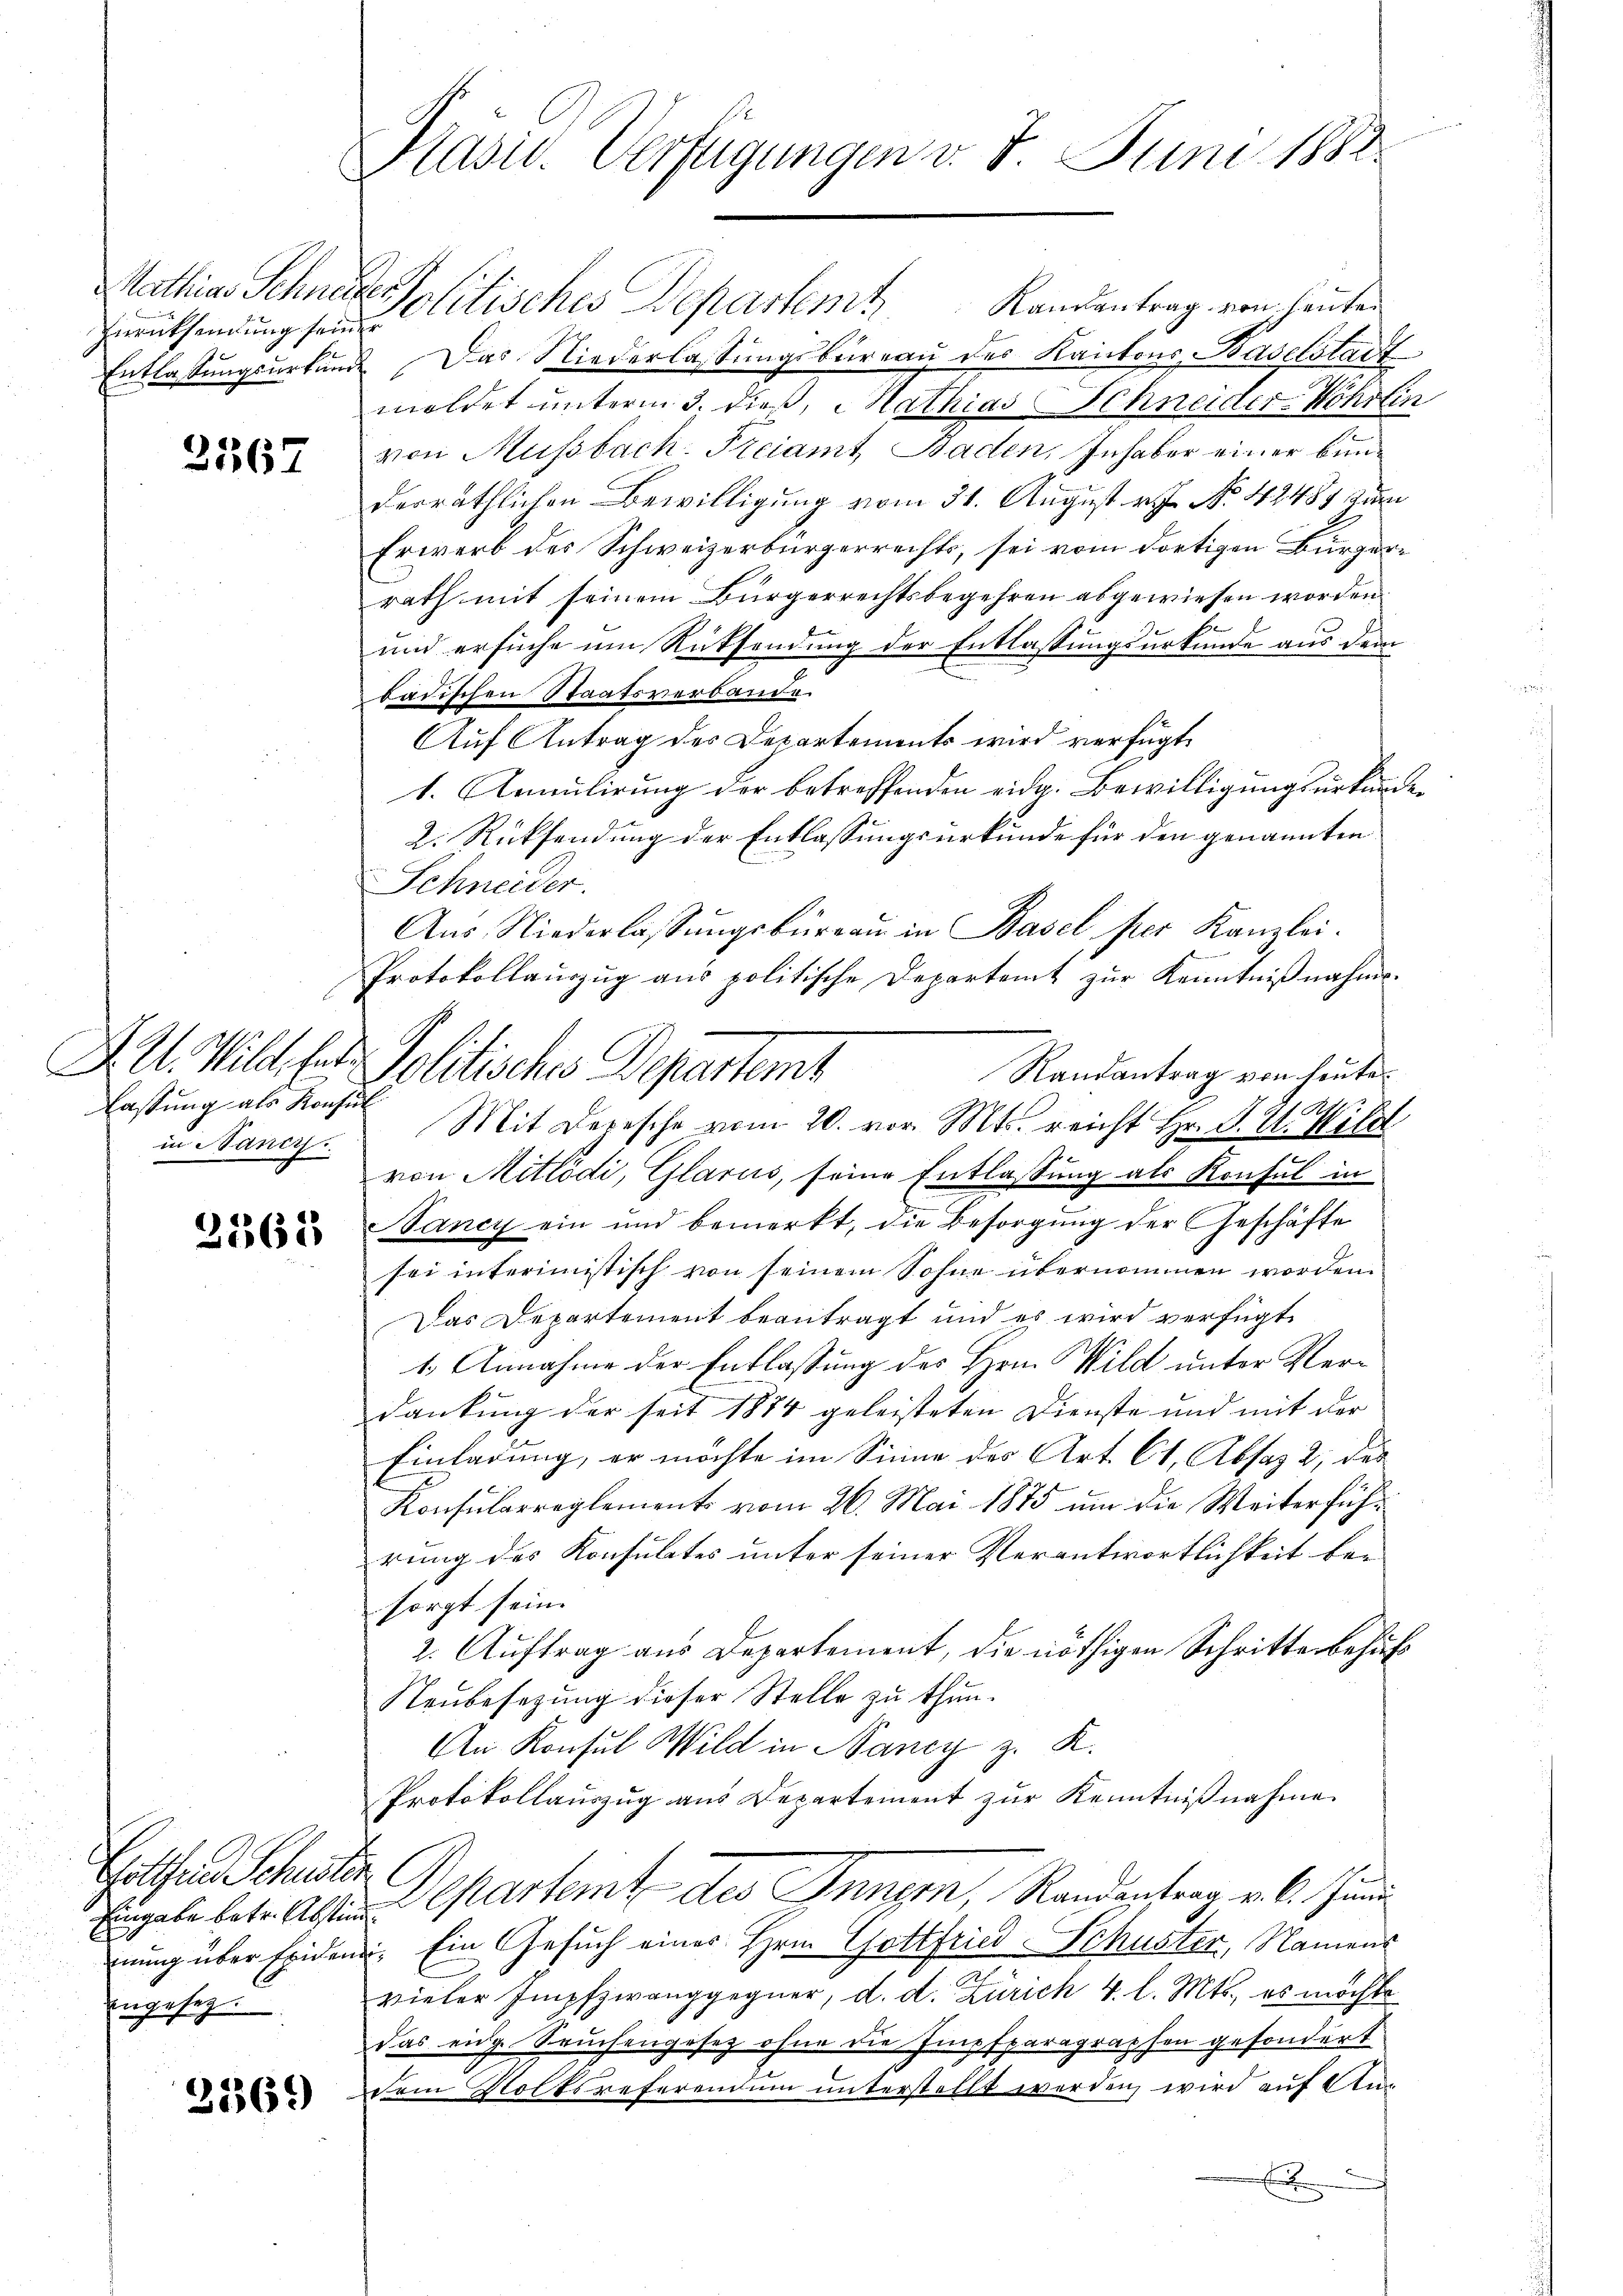
Zurücksendung seiner

3567

Fassung als Konsun
in Nancy.

2362

Göthen Schulen
ingeseg.

2369)

Präsid. Verfügungen v. 7. Juni 1882

Mathias Schneide Politisches Departemt, Randantrag von heuten
Entlassungsurkunde Das Niederlassungsbureau des Kantons, Baselstadt
moldet unterm 3. dieß, Mathias Schneider-Wohrtin
von Mussbach. Freiamt Baden, Inhaber einer bunderräthlichen Bewilligung vom 31. August v. J. No. 42487 zum
Erwerb des Schweizerbürgerrechts, sei vom dortigen Bürgerrath mit seinem Bürgerrechtsbegehren abgewiesen worden
und ersuche um Rücksendung der Entlassungsurkunde aus dem
badischen Staatsverbande.
Auf Antrag des Departements wird verfügt,
1. Armutirung der betreffenden eidg. Bewilligungsurkunde
2. Rücksendung der Entlassungsurkunde für den genannten
Schneider.
Aŭs Niederlassŭngsbüreaŭ in Basel per Kanzlei.
Protokollauszug aus politische Departeit zur Kenntnißnahme.
Randantrag von heute.
Mit Depesche vom 20. vor. Mts. reicht Hr. P. V. Wild
von Mitlödi, Glarus, seine Entlassung als Konsul in
Nancy ein und bemerkt, die Besorgŭng der Geschäfte
sei interimistisch von seinem Sohne übernommen worden.
Das Departement beantragt und es wird verfügt
1. Annahme der Entlassung des Hrn. Wild unter Verdankung der seit 1874 geleisteten Dienste und mit der
Einladung, er möchte im Sinne des Art. 61, Absaz 2, des
Konsularreglements vom 26. Mai 1875 um die Weiterführung des Konsulates unter seiner Verantwortlichkeit be-
sorgt sein.
2. Auftrag aus Departement, die nöthigen Schritte behufs
Neŭbesetzŭng dieser Stelle zŭ thŭn.
An Konsul Wild in Nancy z. K.
Protokollauszug aus Departement zur Kenntnißnahme
Eingabe betr. Alsten partemt des Innern, Randentrag v. 6. Juni
nung über Eiden. Ein Gesuch eines Hrn. Gottfried Schuster, Namens
vieler Impfzwang gegner, d. d. Zürich 4. l. Mts., es möchte
Das eige Seuchengesetz ohne die Impfparagraphen gesondert
Dem Volksreferendum unterstellt werden wird auf Anx

A I. Willeter Politisches Departemb